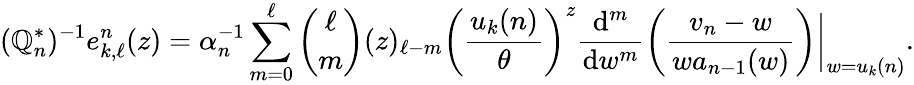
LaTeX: (\mathbb{Q}_{n}^{*})^{-1}e_{k,\ell}^{n}(z)=\alpha_{n}^{-1}\sum_{m=0}^{\ell}{\binom{\ell}{m}}(z)_{\ell-m}\left(\frac{{u_{k}(n)}}{{\theta}}\right)^{z}\frac{{\mathrm{{d}}^{m}}}{{\mathrm{{d}}w^{m}}}\left(\frac{{v_{n}-w}}{{wa_{n-1}(w)}}\right)\bigg|_{w=u_{k}(n)}.